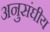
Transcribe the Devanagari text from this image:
अनुसंघीय